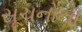
સૂચનોની